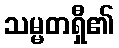
သမ္မတရှီ၏